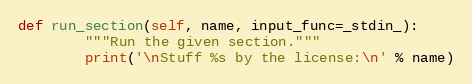
Language: Python
def run_section(self, name, input_func=_stdin_):
        """Run the given section."""
        print('\nStuff %s by the license:\n' % name)